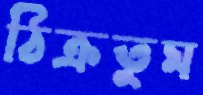
ঠিক্‌রতুম